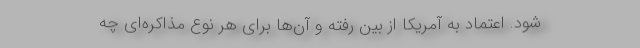
شود. اعتماد به آمریکا از بین رفته و آن‌ها برای هر نوع مذاکره‌ای چه